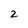
Character: 2